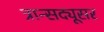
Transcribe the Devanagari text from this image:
त्रान्सद्यूसर